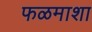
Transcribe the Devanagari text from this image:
फळमाशा